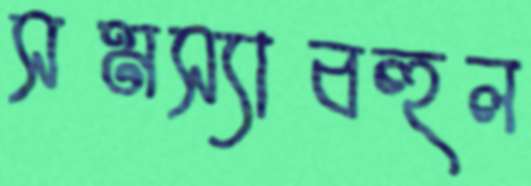
সমস্যাবহুল